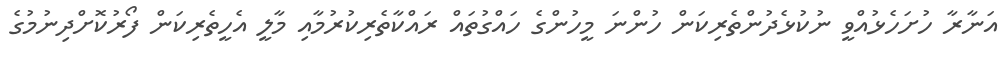
އަނާރާ ހުށަހެޅުއްވީ ނުކުޅެދުންތެރިކަން ހުންނަ މީހުންގެ ހައްގުތައް ރައްކާތެރިކުރުމާއި މާލީ އެހީތެރިކަން ފޯރުކޮށްދިނުމުގެ